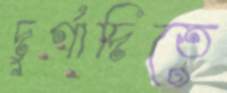
দুর্গাদিতে